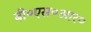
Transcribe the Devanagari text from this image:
बी०एस०आर०